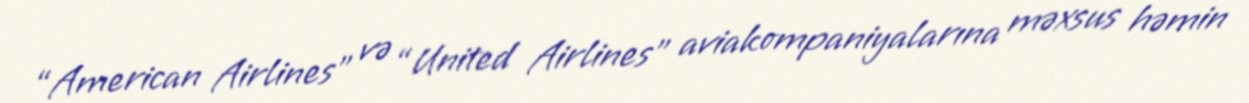
“American Airlines” və “United Airlines” aviakompaniyalarına məxsus həmin